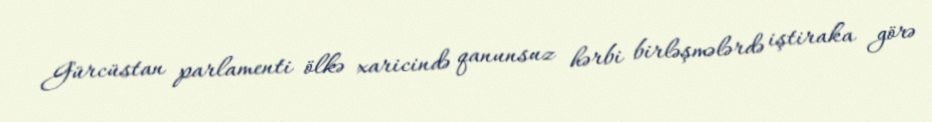
Gürcüstan parlamenti ölkə xaricində qanunsuz hərbi birləşmələrdə iştiraka görə